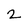
Character: 2